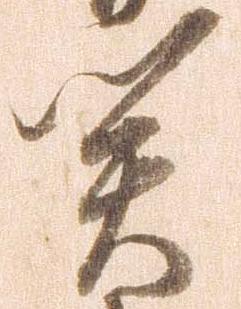
関